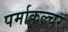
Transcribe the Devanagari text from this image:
पर्माकल्चर